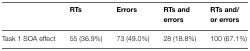
|  | RTs | Errors | RTs and errors | RTs and/ or errors |
 | --- | --- | --- | --- | --- |
 | Task 1 SOA effect | 55 (36.9%) | 73 (49.0%) | 28 (18.8%) | 100 (67.1%) |